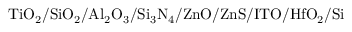
\mathrm { T i O _ { 2 } / S i O _ { 2 } / A l _ { 2 } O _ { 3 } / S i _ { 3 } N _ { 4 } / Z n O / Z n S / I T O / H f O _ { 2 } / S i }